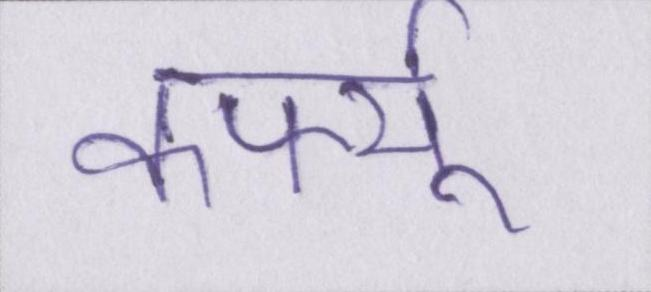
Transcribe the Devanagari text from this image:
कर्फ्यू